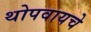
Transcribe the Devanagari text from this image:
थोपवायचे